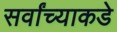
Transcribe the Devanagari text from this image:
सर्वांच्याकडे